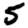
Digit: 5